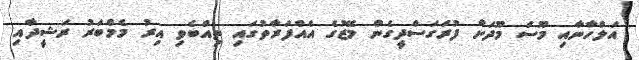
އަލްހާނާއި މޫސަ މޫދަށް ފުރަގަސްދީގެން މޭޒުގެ އެއްފަރާތުގައި ތިއްބެވި އިރު މެމްބަރު ރަޝީދާއި